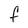
Character: F